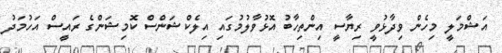
އަޝްމަލީ މިހެން ވިދާޅުވީ ރިޔާސީ އިންތިހާބު އޮޅުވާލުމުގައި އިލެކްޝަންސް ކޮމިޝަންގެ ރައީސް އަހުމަދު